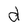
Character: d